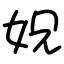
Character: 㚾